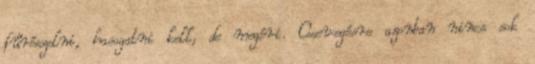
fűrészelni, hasogatni kell, de megéri. Csevegésre azonban nincs sok